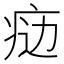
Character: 𤶒